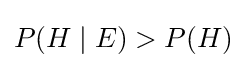
P(H\mid E)>P(H)